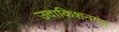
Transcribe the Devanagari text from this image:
उदाकिशनगंज